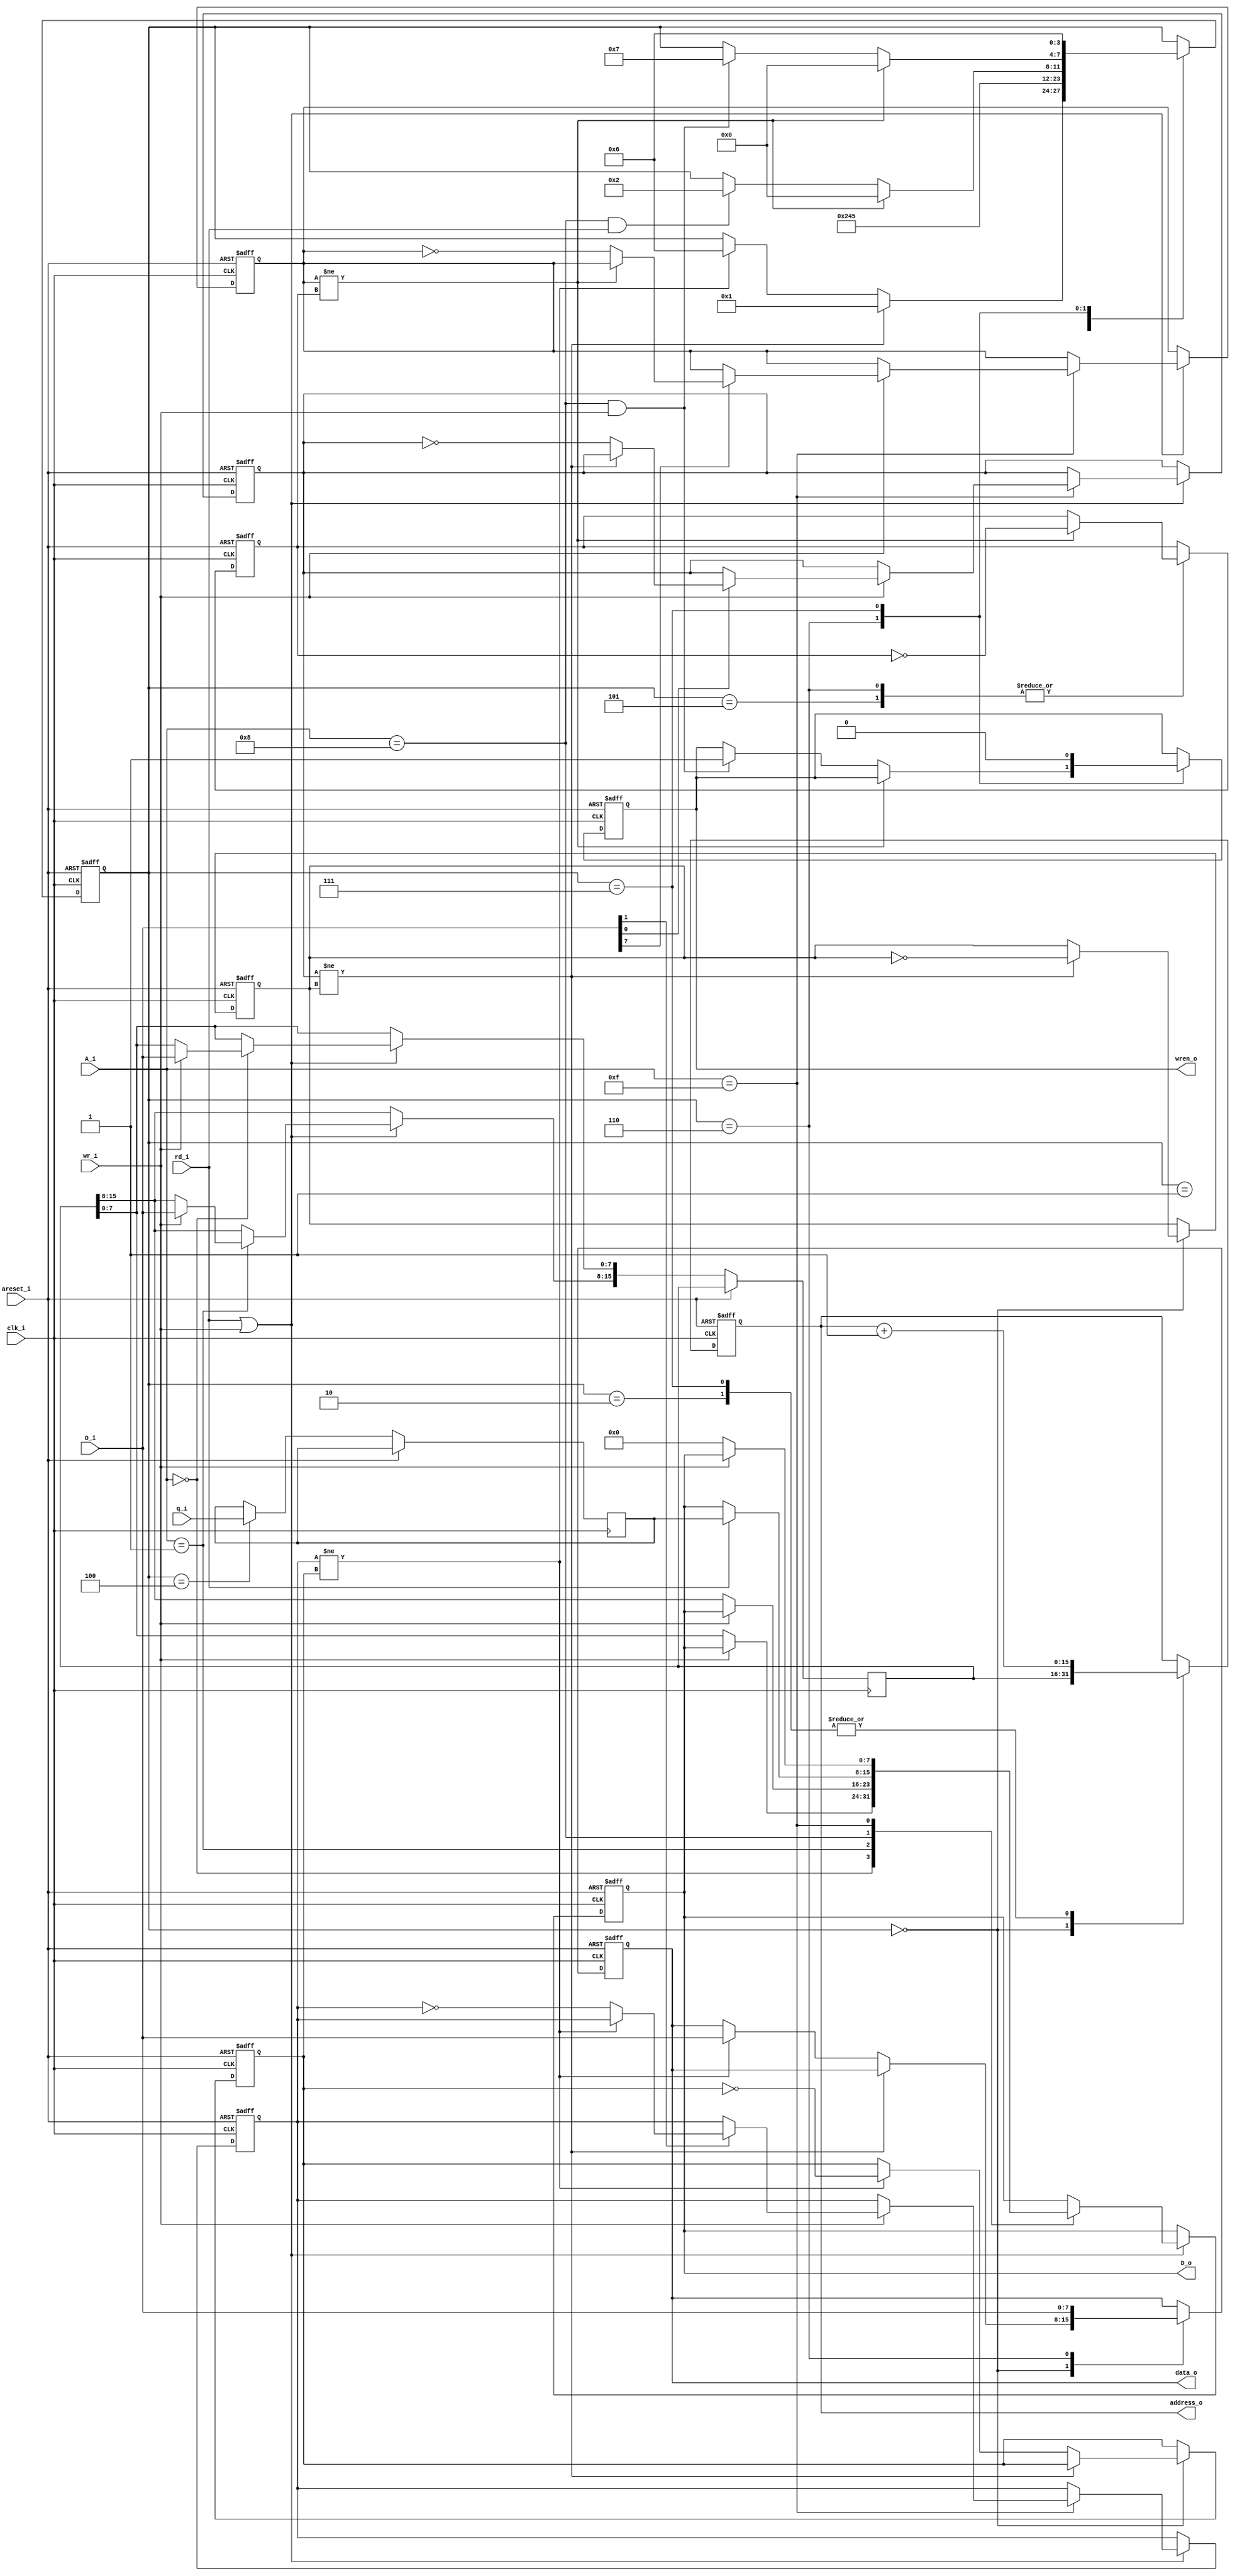
module blockram_spool (
	input wire clk_i,
	input wire areset_i,
	output reg [15:0] address_o,
	output reg [7:0]	data_o,
	input wire [7:0]	q_i,
	output reg			wren_o,
	input wire [3:0]	A_i,
	input wire [7:0]	D_i,
	output reg [7:0]	D_o,
	input wire 			rd_i,
	input wire			wr_i
	);
	parameter 	IDLE = 4'd0, 
					PRE_READ = 4'd1, READ_READY = 4'd2, READ_CAPTURE = 4'd4, WAIT_READ = 4'd5,
					WRITE_WAIT = 4'd6, WRITE_NEXT = 4'd7;
	wire rd_sig, wr_sig, abort_sig;
	wire read_trigger, write_trigger;
	reg [15:0] A;
	reg cpu_rd, cpu_wr, fsm_rd, fsm_wr, cpu_abort, fsm_abort;
	reg [3:0] state;
	reg [7:0] rd_buffer;
	assign rd_sig = (cpu_rd != fsm_rd);
	assign wr_sig = (cpu_wr != fsm_wr);
	assign abort_sig = (cpu_abort != fsm_abort);
	assign read_trigger = (A_i == 4'd8) && rd_i;
	assign write_trigger = (A_i == 4'd8) && wr_i;
	always @(posedge clk_i or posedge areset_i)
	if( areset_i )
	begin
		D_o <= 8'd0;
		cpu_rd <= 1'b0;
		cpu_wr <= 1'b0;
		cpu_abort <= 1'b0;
	end else if( rd_i | wr_i ) begin		
		case(A_i)
			4'd0:	begin
				if( wr_i ) A[7:0] <= D_i; else D_o <= A[7:0];
			end
			4'd1:	begin
				if( wr_i ) A[15:8] <= D_i; else D_o <= A[15:8];
			end
			4'd8: begin
				if( rd_i ) D_o <= rd_buffer;
			end
			4'd15: begin
				if( wr_i ) begin
					if( D_i[0] ) if( ~rd_sig) cpu_rd <= ~cpu_rd;
					if( D_i[1] ) if( ~wr_sig) cpu_wr <= ~cpu_wr;
					if( D_i[7] ) if( ~abort_sig ) cpu_abort <= ~cpu_abort;
				end else begin
					D_o <= {8'b0};
				end
			end
		endcase
	end
	always @(posedge clk_i or posedge areset_i)
	if( areset_i )
	begin
		fsm_rd <= 1'b0;
		fsm_wr <= 1'b0;
		fsm_abort <= 1'b0;
		address_o <= 16'd0;
		data_o <= 8'd0;
		wren_o <= 1'b0;		
		state <= IDLE;
	end else begin
		case( state )
			IDLE: begin
				address_o <= A;
				if( rd_sig )
				begin
					fsm_rd <= ~fsm_rd;
					state <= PRE_READ;
				end else if( wr_sig )
				begin
					data_o <= D_i;			
					fsm_wr <= ~fsm_wr;
					state <= WRITE_WAIT;
				end
			end
			PRE_READ: begin
				state <= READ_READY;
			end
			READ_READY: begin
				address_o <= address_o + 1'b1;
				state <= READ_CAPTURE;
			end
			READ_CAPTURE: begin
				rd_buffer <= q_i;
				state <= WAIT_READ;
			end
			WAIT_READ: begin
				if( abort_sig ) 
				begin
					state <= IDLE;
					fsm_abort <= ~fsm_abort;
				end else
				if( (A_i == 4'd8) && rd_i ) state <= READ_READY;
			end
			WRITE_WAIT: begin
				if( abort_sig )
				begin
					state <= IDLE;
					fsm_abort <= ~fsm_abort;
				end else
				if( write_trigger ) begin
					wren_o <= 1'b1;
					state <= WRITE_NEXT;
				end
				data_o <= D_i;
			end
			WRITE_NEXT: begin
				address_o <= address_o + 1'b1;
				wren_o <= 1'b0;
				state <= WRITE_WAIT;
			end
		endcase
	end
endmodule